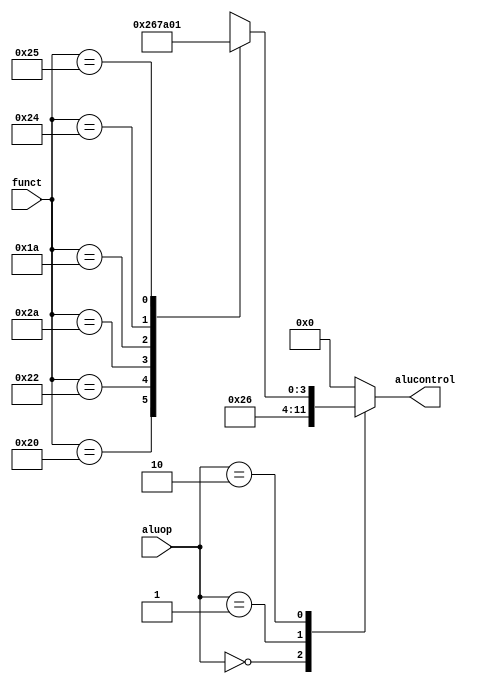
module alu_decoder(

    input [5:0] funct,
    input [1:0] aluop,

    output reg [3:0] alucontrol

);

    always @(*) 
    begin

        case (aluop)
            
            2'b00: alucontrol = 4'b0010; // add para lw, sw, addi
            2'b01: alucontrol = 4'b0110; // sub para beq
            2'b10: // R-type
            begin

                case (funct)

                    6'b100000: alucontrol = 4'b0010; // ADD
                    6'b100010: alucontrol = 4'b0110; // SUB
                    6'b101010: alucontrol = 4'b0111; // SLT
                    6'b011010: alucontrol = 4'b1010; // DIV
                    6'b100100: alucontrol = 4'b0000; // AND
                    6'b100101: alucontrol = 4'b0001; // OR
                    default: alucontrol = 4'bxxxx;

                endcase

            end
            default: alucontrol = 4'b0000;

        endcase
        
    end
endmodule